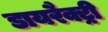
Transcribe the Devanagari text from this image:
डायरैक्ट्री